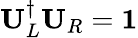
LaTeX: \mathbf{U}_{L}^{\dagger}\mathbf{U}_{R}=\mathbf{1}